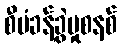
စီမံခန့်ခွဲမှုစနစ်